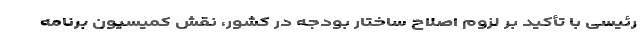
رئیسی با تأکید بر لزوم اصلاح ساختار بودجه در کشور، نقش کمیسیون برنامه